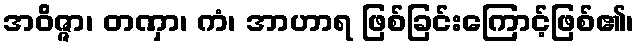
အဝိဇ္ဇာ၊ တဏှာ၊ ကံ၊ အာဟာရ ဖြစ်ခြင်းကြောင့်ဖြစ်၏၊